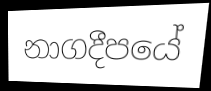
නාගදීපයේ